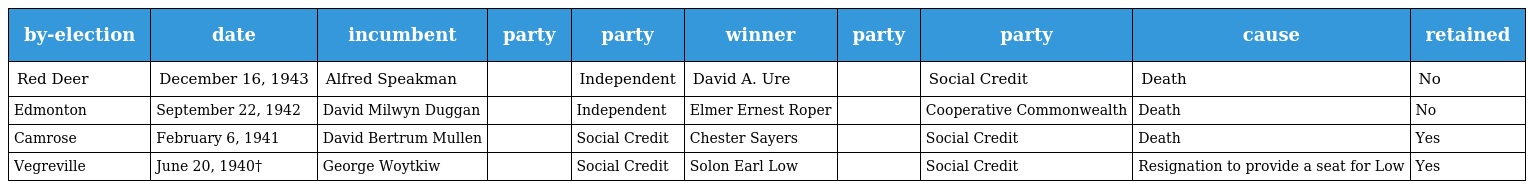
| by-election | date | incumbent | party | party | winner | party | party | cause | retained |
 | --- | --- | --- | --- | --- | --- | --- | --- | --- | --- |
 | Red Deer | December 16, 1943 | Alfred Speakman |  | Independent | David A. Ure |  | Social Credit | Death | No |
 | Edmonton | September 22, 1942 | David Milwyn Duggan |  | Independent | Elmer Ernest Roper |  | Cooperative Commonwealth | Death | No |
 | Camrose | February 6, 1941 | David Bertrum Mullen |  | Social Credit | Chester Sayers |  | Social Credit | Death | Yes |
 | Vegreville | June 20, 1940† | George Woytkiw |  | Social Credit | Solon Earl Low |  | Social Credit | Resignation to provide a seat for Low | Yes |